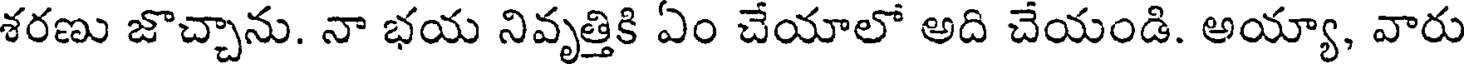
శరణు జొచ్చాను. నా భయ నివృత్తికి ఏం చేయాలో అది చేయండి. అయ్యా, వారు